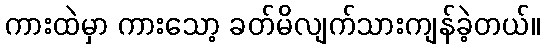
ကားထဲမှာ ကားသော့ ခတ်မိလျက်သားကျန်ခဲ့တယ်။